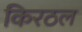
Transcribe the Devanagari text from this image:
किरठल